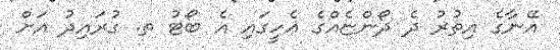
އޭނާގެ އިތުރު ދެ ދޯންޏެއްގެ އެހީގައި އެ ބޯޓު ތ. ގުރައިދު އަށް